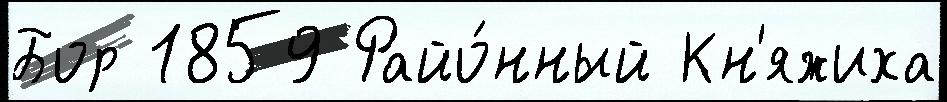
Бор 1859 Райо́нный Кн'яжиха